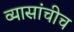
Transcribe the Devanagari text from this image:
व्यासांचीच